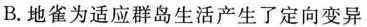
B.地雀为适应群岛生活产生了定向变异